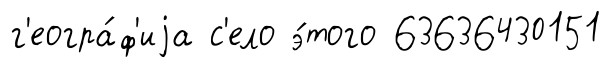
г'еогра́ф'иjа с'ело э́того 63636430151